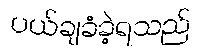
ပယ်ချခံခဲ့ရသည်